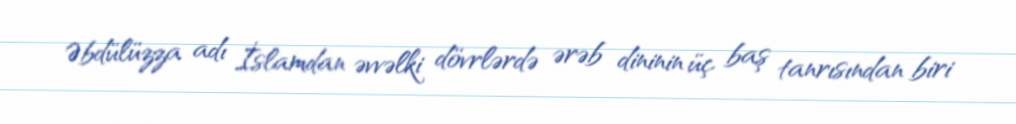
Əbdülüzza adı İslamdan əvvəlki dövrlərdə ərəb dininin üç baş tanrısından biri